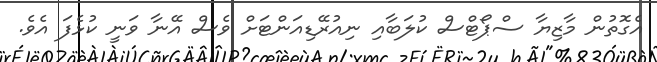
އެގޮތުން މާޒިޔާ ސްޕޯޓްސް ކުލަބާއި ނިއުރޭޑިއަންޓަށް ވެސް އޭނާ ވަނީ ކުޅެފަ އެވެ.